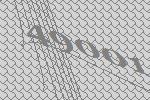
49001